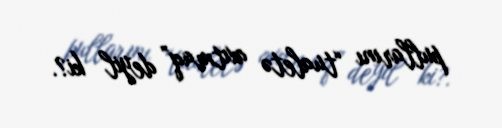
pullarını “tualetə axıtmaq” deyil ki?.